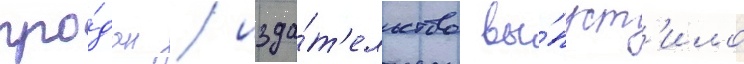
про́дан / изда́т'ельство вы́пуст'ило